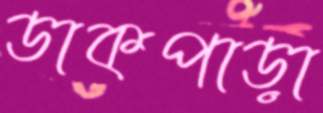
ডাকপাড়া